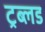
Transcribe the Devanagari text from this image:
ट्रब्लड